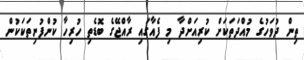
ތިން ދުވަހުގެ މުއްދަތަކަށް ކުރިއަށްދާ މި ފެއާގައި ރާއްޖޭގެ ބޮޑެތި ހުރިހާ ކުންފުނިތަކަކުން